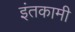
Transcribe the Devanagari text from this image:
इंतकामी